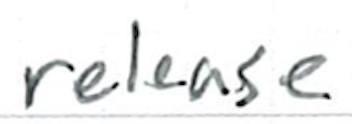
Text: release
Cross-out: clean
Writing tool: ballpoint